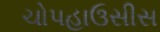
ચોપહાઉસીસ